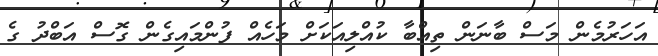
އަހަރުމެން މަސް ބާނަން ތިއްބާ ކުއްލިއަކަށް މަހެއް ފުންމައިގެން ގޮސް އަބްދު ގެ